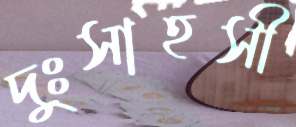
দুঃসাহসী